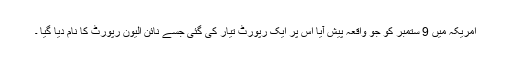
امریکہ میں 9 ستمبر کو جو واقعہ پیش آیا اس پر ایک رپورٹ تیار کی گئی جسے نائن الیون رپورٹ کا نام دیا گیا ۔